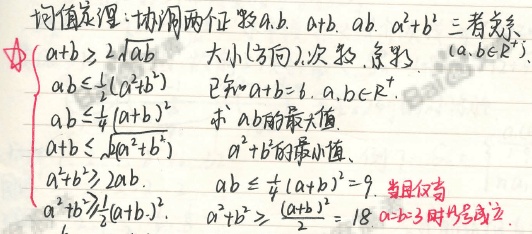
均值定理：协调两个正数\(a,b\)，\(a + b\)，\(ab\)，\(a^{2}+b^{2}\)三者关系☆
\(\begin{cases}
a + b\geqslant2\sqrt{ab}&\text{(大小(方向),次数,数形) }(a,b\in\mathrm{R}^{+})\\
ab\leqslant\frac{1}{2}(a^{2}+b^{2})\\
ab\leqslant\frac{1}{4}(a + b)^{2}\\
a + b\leqslant\sqrt{2(a^{2}+b^{2})}\\
a^{2}+b^{2}\geqslant2ab\\
a^{2}+b^{2}\geqslant\frac{1}{2}(a + b)^{2}
\end{cases}\)

已知\(a + b = 6\)，\(a,b\in\mathrm{R}^{+}\)。求\(ab\)的最大值，\(a^{2}+b^{2}\)的最小值。

\(ab\leqslant\frac{1}{4}(a + b)^{2}=9\)。当且仅当\(a^{2}+b^{2}\geqslant\frac{(a + b)^{2}}{2}=18\)，\(a = b = 3\)时等号成立。